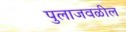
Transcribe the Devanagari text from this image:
पुलाजवळील